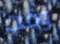
وقت